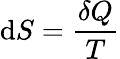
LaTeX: \mathrm{d}S={\frac{\delta Q}{T}}